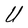
Character: U